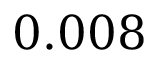
0 . 0 0 8